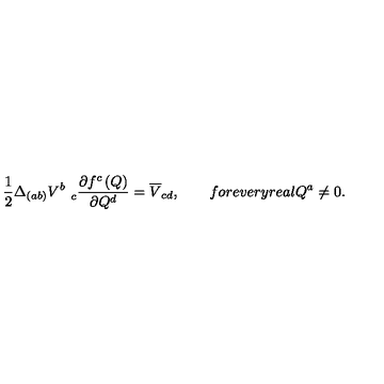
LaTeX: \frac 1 2 \Delta _ { ( a b ) } V _ { \quad c } ^ { b } \frac { \partial f ^ { c } \left( Q \right) } { \partial Q ^ { d } } = \overline { { V } } _ { c d } , \qquad f o r e v e r y r e a l Q ^ { a } \neq 0 .